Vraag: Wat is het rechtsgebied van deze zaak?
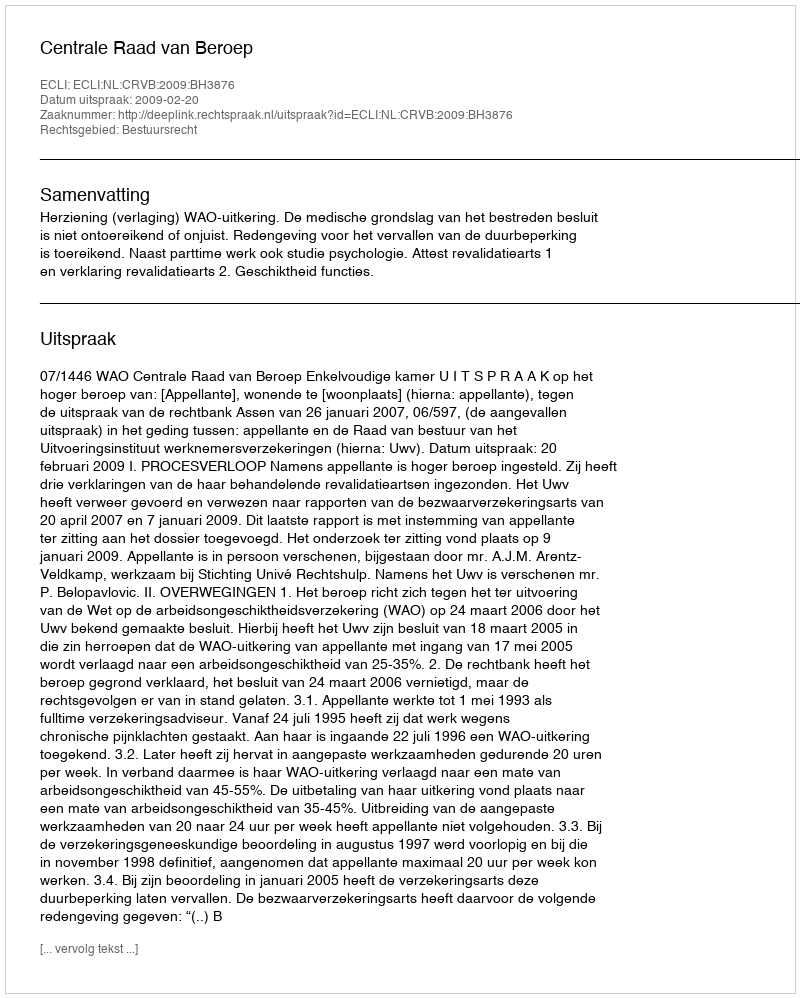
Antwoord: Bestuursrecht